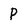
Character: P